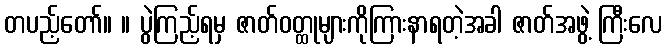
တပည့်တော်။ ။ ပွဲကြည့်ရမှ ဇာတ်ဝတ္ထုများကိုကြားနာရတဲ့အခါ ဇာတ်အဖွဲ့ ကြီးလေ